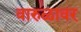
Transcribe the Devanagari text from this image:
वारुळावर